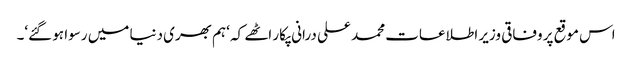
اس موقع پر وفاقی وزیر اطلاعات محمد علی درانی پکار اٹھے کہ ‘ہم بھری دنیا میں رسوا ہو گئے‘۔